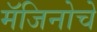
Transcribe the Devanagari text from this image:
मॅजिनोचे